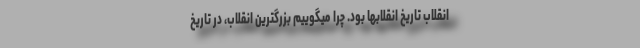
انقلاب تاریخ انقلابها بود. چرا میگوییم بزرگترین انقلاب، در تاریخ